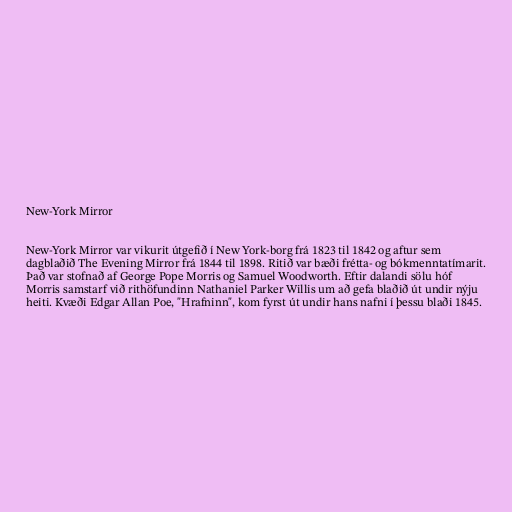
New-York Mirror

New-York Mirror var vikurit útgefið í New York-borg frá 1823 til 1842 og aftur sem
dagblaðið The Evening Mirror frá 1844 til 1898. Ritið var bæði frétta- og bókmenntatímarit.
Það var stofnað af George Pope Morris og Samuel Woodworth. Eftir dalandi sölu hóf
Morris samstarf við rithöfundinn Nathaniel Parker Willis um að gefa blaðið út undir nýju
heiti. Kvæði Edgar Allan Poe, "Hrafninn", kom fyrst út undir hans nafni í þessu blaði 1845.